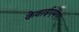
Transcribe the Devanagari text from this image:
केवाईएमए